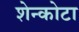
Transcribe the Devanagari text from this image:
शेन्कोटा